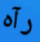
رآه